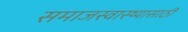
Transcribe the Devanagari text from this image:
समाजस्वास्थ्यासाठी